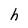
Character: h